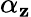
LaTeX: \alpha_{\mathbf{z}}